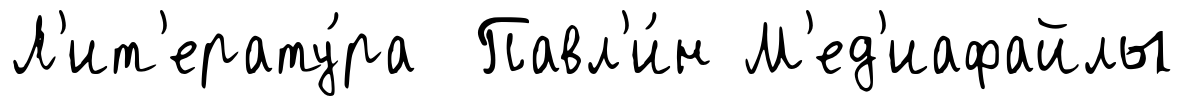
Л'ит'ерату́ра Павл'и́н М'ед'иафайлы